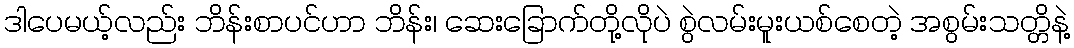
ဒါပေမယ့်လည်း ဘိန်းစာပင်ဟာ ဘိန်း၊ ဆေးခြောက်တို့လိုပဲ စွဲလမ်းမူးယစ်စေတဲ့ အစွမ်းသတ္တိနဲ့